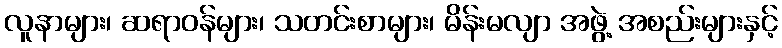
လူနာများ၊ ဆရာဝန်များ၊ သတင်းစာများ၊ မိန်းမလျာ အဖွဲ့ အစည်းများနှင့်